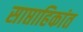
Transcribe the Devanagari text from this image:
साप्ताहिकांत